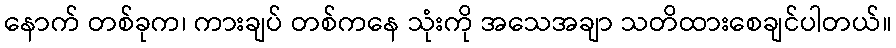
နောက် တစ်ခုက၊ ကားချပ် တစ်ကနေ သုံးကို အသေအချာ သတိထားစေချင်ပါတယ်။